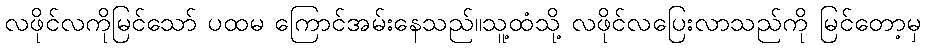
လဖိုင်လကိုမြင်သော် ပထမ ကြောင်အမ်းနေသည်။သူ့ထံသို့ လဖိုင်လပြေးလာသည်ကို မြင်တော့မှ